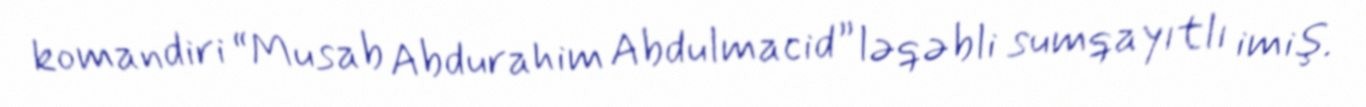
komandiri “Musab Abdurahim Abdulmacid” ləqəbli sumqayıtlı imiş.